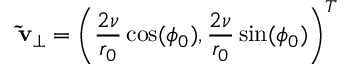
\mathbf { \tilde { v } } _ { \perp } = \left( \frac { 2 \nu } { r _ { 0 } } \cos ( \phi _ { 0 } ) , \frac { 2 \nu } { r _ { 0 } } \sin ( \phi _ { 0 } ) \right) ^ { T }